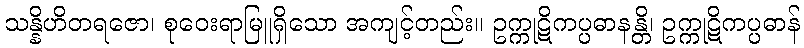
သန္နိဟိတရဇော၊ စုဝေးရာမြူရှိသော အကျင့်တည်း။ ဥက္ကုဋိကပ္ပဓာနန္တိ၊ ဥက္ကုဋိကပ္ပဓာန်